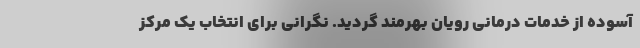
آسوده از خدمات درمانی رویان بهرمند گردید. نگرانی برای انتخاب یک مرکز